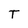
Character: T